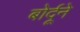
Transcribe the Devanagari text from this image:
बोर्दूने